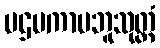
ပဌမကာမဘူသုတ္တံ